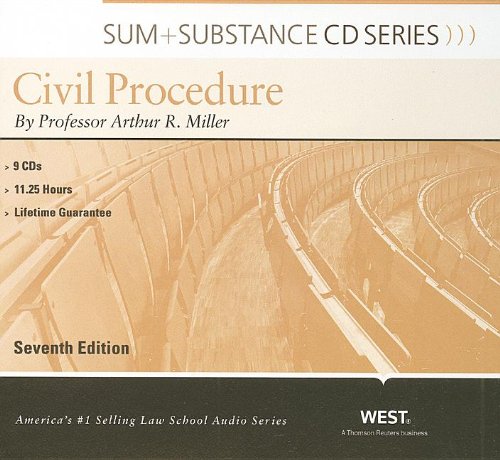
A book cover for Sum and Substance Audio on Civil Procedure; Arthur Miller; Law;